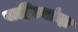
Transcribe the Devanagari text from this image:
पाहिल्यांदा